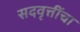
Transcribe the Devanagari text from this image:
सदवृत्तींचा